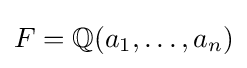
F=\mathbb {Q} (a_{1},\ldots ,a_{n})